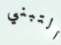
التبني